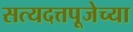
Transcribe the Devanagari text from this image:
सत्यदत्तपूजेच्या